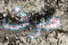
صرف